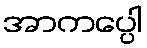
အာကပ္ပေါ